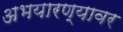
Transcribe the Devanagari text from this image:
अभयारण्यावर